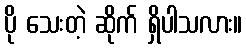
ပို သေးတဲ့ ဆိုက် ရှိပါသလား။